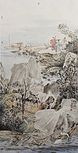
独有宦游人，偏惊物候新。